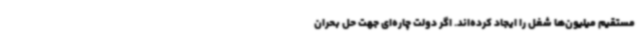
مستقیم میلیون‌ها شغل را ایجاد کرده‌اند. اگر دولت چاره‌ای جهت حل بحران